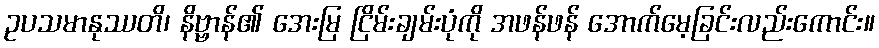
ဥပသမာနုဿတိ၊ နိဗ္ဗာန်၏ အေးမြ ငြိမ်းချမ်းပုံကို အဖန်ဖန် အောက်မေ့ခြင်းလည်းကောင်း။